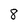
Character: 8